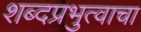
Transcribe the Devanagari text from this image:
शब्दप्रभुत्वाचा